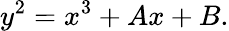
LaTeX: y^{2}=x^{3}+Ax+B.